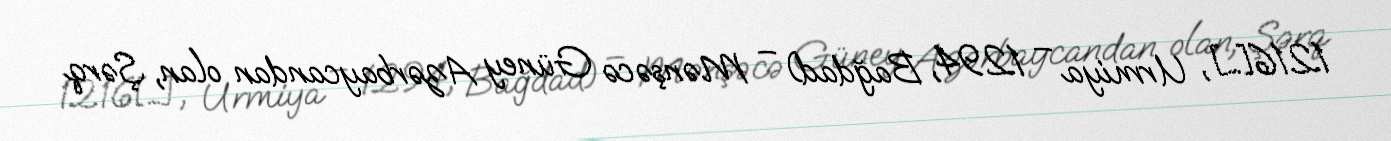
1216[…], Urmiya – 1294, Bağdad) – Mənşəcə Güney Azərbaycandan olan, Şərq